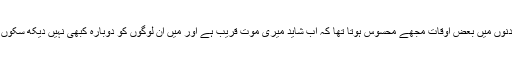
انہوں نے کہا کہ "اسیری کے دنوں میں بعض اوقات مجھے محسوس ہوتا تھا کہ اب شاید میری موت قریب ہے اور میں ان لوگوں کو دوبارہ کبھی نہیں دیکھ سکوں گا جن سے میں پیار کرتا ہوں۔